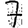
Digit: 7